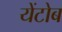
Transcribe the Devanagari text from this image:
येंटोब